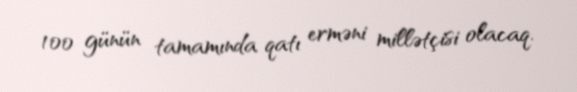
100 günün tamamında qatı erməni millətçisi olacaq.